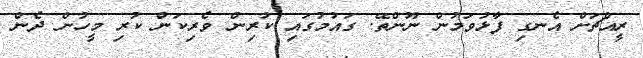
ރީއްޗަށް އެނގި ފާޅުވަމުން ނޫންތޭ. ގައުމުގައި ކުރިން ވެރިކަން ކުރި މީހުން ދެން